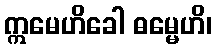
ဣမေဟိခေါ ဓမ္မေဟိ၊